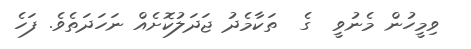
ވިމީހުން މެނުވީ  ގެ  ތަކާމެދު ޖަދަލުކޮށެއް ނަހަދަތެވެ. ފަހެ